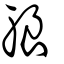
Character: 躴